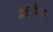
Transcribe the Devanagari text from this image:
क्रौन